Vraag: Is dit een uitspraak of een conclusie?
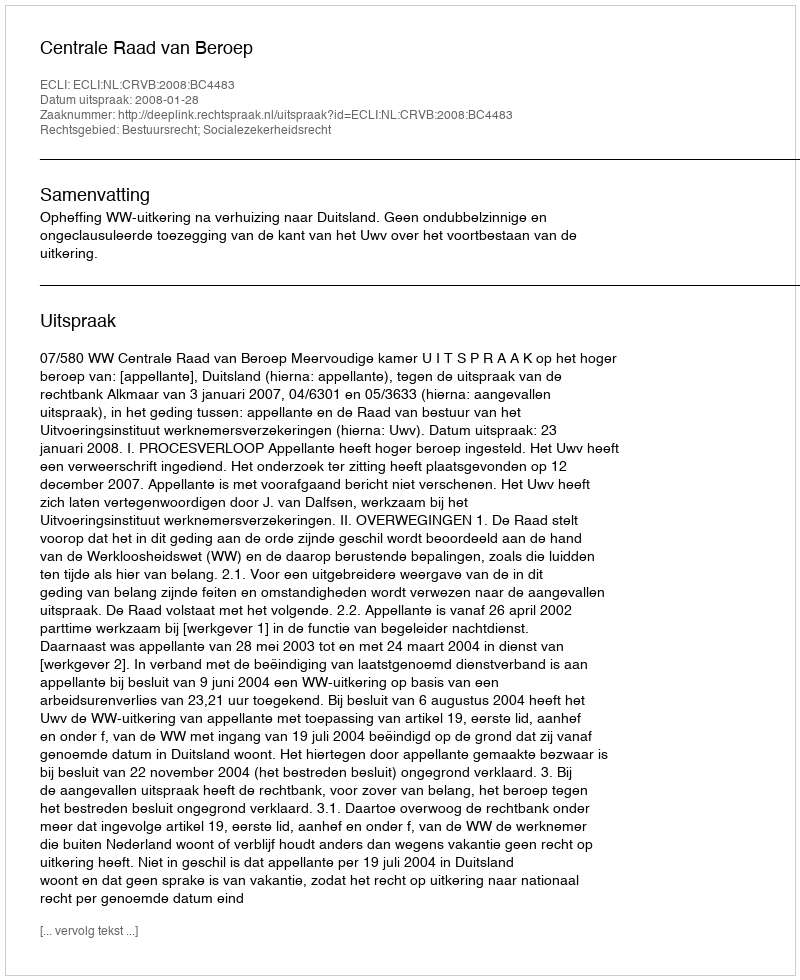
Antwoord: Uitspraak